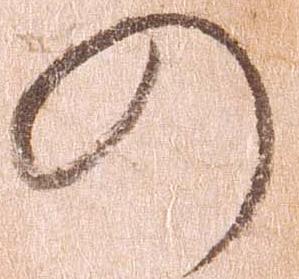
の